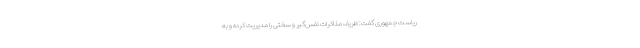
ریاست جمهوری گفت: ظریف مذاکرات نفس‌گیر و سختی را مدیریت کرده و به